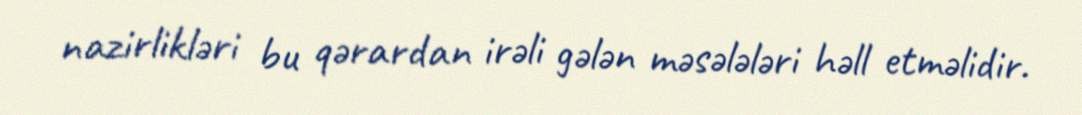
nazirlikləri bu qərardan irəli gələn məsələləri həll etməlidir.